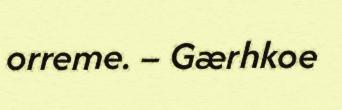
orreme. – Gærhkoe